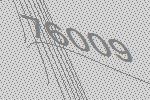
76009